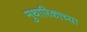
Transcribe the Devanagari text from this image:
मुथारिकाच्या